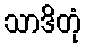
သာဒိတုံ